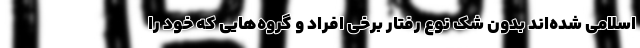
اسلامی شده‌اند بدون شک نوع رفتار برخی افراد و گروه‌هایی که خود را